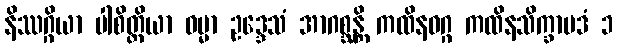
နိဿဂ္ဂိယာ ပါစိတ္တိယာ ဓမ္မာ ဥဒ္ဒေသံ အာဂစ္ဆန္တိ ကထိနဝဂ္ဂ ကထိနသိက္ခာပဒံ ၁